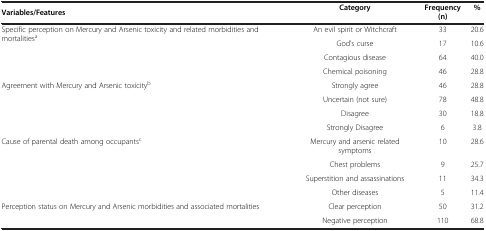
<table><thead><tr><td><b>Variables/Features</b></td><td><b>Category</b></td><td><b>Frequency(n)</b></td><td><b>%</b></td></tr></thead><tbody><tr><td rowspan="4">Specific perception on Mercury and Arsenic toxicity and related morbidities and mortalities<sup>a</sup></td><td>An evil spirit or Witchcraft</td><td>33</td><td>20.6</td></tr><tr><td>God’s curse</td><td>17</td><td>10.6</td></tr><tr><td>Contagious disease</td><td>64</td><td>40.0</td></tr><tr><td>Chemical poisoning</td><td>46</td><td>28.8</td></tr><tr><td rowspan="4">Agreement with Mercury and Arsenic toxicity<sup>b</sup></td><td>Strongly agree</td><td>46</td><td>28.8</td></tr><tr><td>Uncertain (not sure)</td><td>78</td><td>48.8</td></tr><tr><td>Disagree</td><td>30</td><td>18.8</td></tr><tr><td>Strongly Disagree</td><td>6</td><td>3.8</td></tr><tr><td rowspan="4">Cause of parental death among occupants<sup>c</sup></td><td>Mercury and arsenic related symptoms</td><td>10</td><td>28.6</td></tr><tr><td>Chest problems</td><td>9</td><td>25.7</td></tr><tr><td>Superstition and assassinations</td><td>11</td><td>34.3</td></tr><tr><td>Other diseases</td><td>5</td><td>11.4</td></tr><tr><td>Perception status on Mercury and Arsenic morbidities and associated mortalities</td><td>Clear perception</td><td>50</td><td>31.2</td></tr><tr><td> </td><td>Negative perception</td><td>110</td><td>68.8</td></tr></tbody></table>